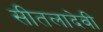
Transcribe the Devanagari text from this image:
सीतलादेवी